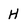
Character: H